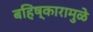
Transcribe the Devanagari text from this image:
बहिष्कारामुळे